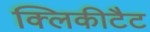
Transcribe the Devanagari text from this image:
क्लिकीटैट